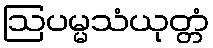
ဩပမ္မသံယုတ္တံ